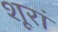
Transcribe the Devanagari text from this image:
शूरां